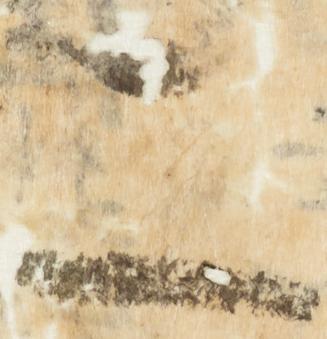
二